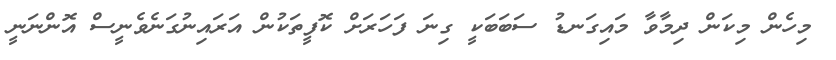
މިހެން މިކަން ދިމާވާ މައިގަނޑު ސަބަބަކީ ގިނަ ފަހަރަށް ކޮފީތަކުން އަރައިނުގަނެވެނީސް އޮންނަނީ